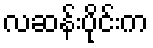
လဆန်းပိုင်းက